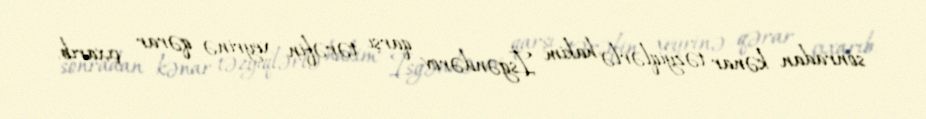
sonradan kənar təzyiqlərlə hakim İsgəndərov qarşı tərəfin xeyrinə qərar çıxarıb.